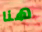
هنا